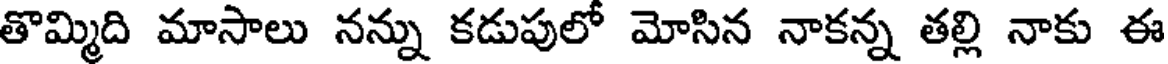
తొమ్మిది మాసాలు నన్ను కడుపులో మోసిన నాకన్న తల్లి నాకు ఈ